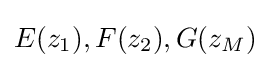
E(z_{1}),F(z_{2}),G(z_{M})